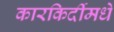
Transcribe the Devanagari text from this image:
कारकिर्दीमधे